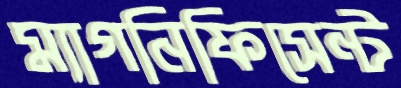
ম্যাগনিফিসেন্ট